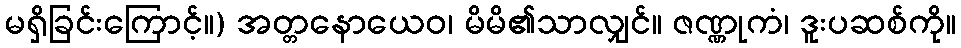
မရှိခြင်းကြောင့်။) အတ္တနောယေဝ၊ မိမိ၏သာလျှင်။ ဇဏ္ဏုကံ၊ ဒူးပဆစ်ကို။